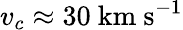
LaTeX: v_{c}\approx 30\ \mathrm{km\ s^{-1}}